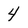
Character: 4